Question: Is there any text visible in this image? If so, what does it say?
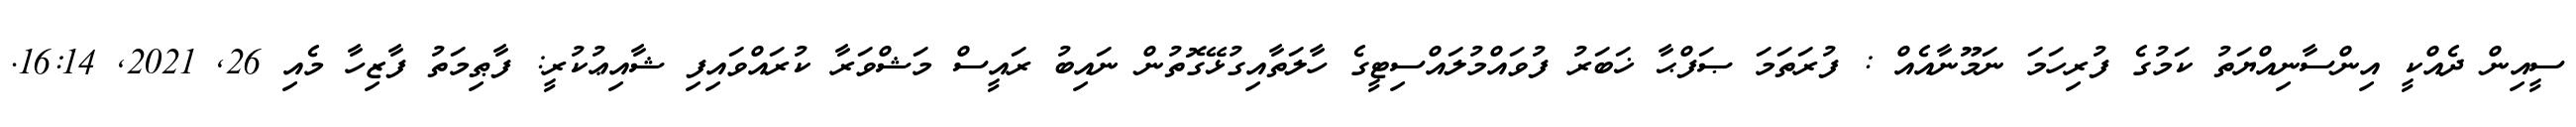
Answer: ސީއިން ދެއްކީ އިންސާނިއްޔަތު ކަމުގެ ފުރިހަމަ ނަމޫނާއެއް : ފުރަތަމަ ޞަފްޙާ ޚަބަރު ފުވައްމުލައްސިޓީގެ ހާލަތާއިގުޅޭގޮތުން ނައިބު ރައީސް މަޝްވަރާ ކުރައްވައިފި ޝާއިޢުކުރީ: ފާޠިމަތު ފާޒިހާ މެއި 26, 2021, 16:14.